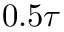
0 . 5 \tau